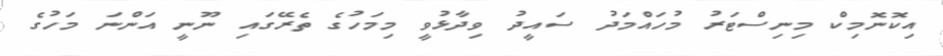
އިކޮނޮމިކް މިނިސްޓަރު މުހައްމަދު ސައީދު ވިދާޅުވީ މިމަހުގެ ތެރޭގައި ނޫނީ އަންނަ މަހުގެ